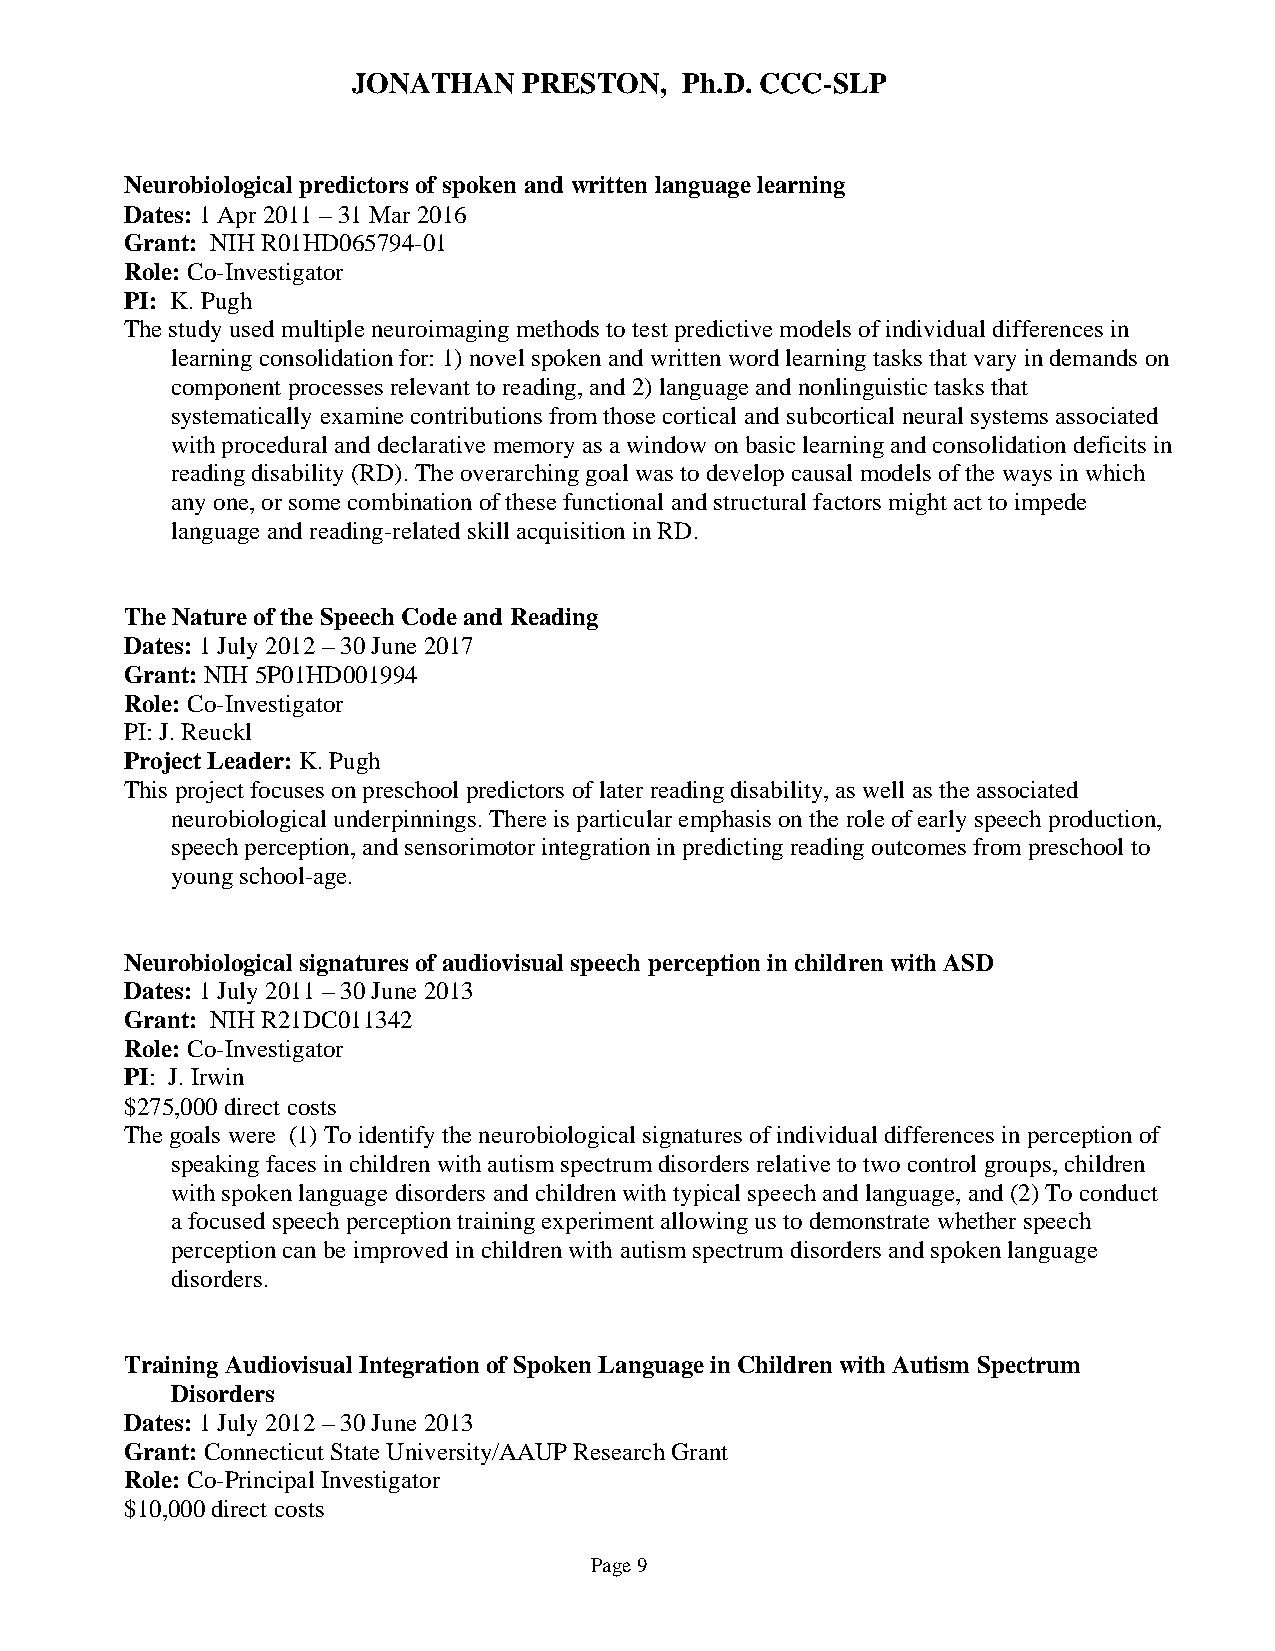
JONATHAN    PRESTON,  Ph.D. CCC-SLP
 Neurobiological predictors of spoken and written language learning
 Dates: 1 Apr 2011 – 31 Mar 2016
 Grant: NIH R01HD065794-01
 Role: Co-Investigator
 PI: K. Pugh
 The study used multiple neuroimaging methods to test predictive models of individual differences in
 learning consolidation for: 1) novel spoken and written word learning tasks that vary in demands on
 component processes relevant to reading, and 2) language and nonlinguistic tasks that
 systematically examine contributions from those cortical and subcortical neural systems associated
 with procedural and declarative memory as a window on basic learning and consolidation deficits in
 reading disability (RD). The overarching goal was to develop causal models of the ways in which
 any one, or some combination of these functional and structural factors might act to impede
 language and reading-related skill acquisition in RD.
 The Nature of the Speech Code and Reading
 Dates: 1 July 2012 – 30 June 2017
 Grant: NIH 5P01HD001994
 Role: Co-Investigator
 PI: J. Reuckl
 Project Leader: K. Pugh
 This project focuses on preschool predictors of later reading disability, as well as the associated
 neurobiological underpinnings. There is particular emphasis on the role of early speech production,
 speech perception, and sensorimotor integration in predicting reading outcomes from preschool to
 young school-age.
 Neurobiological signatures of audiovisual speech perception in children with ASD
 Dates: 1 July 2011 – 30 June 2013
 Grant: NIH R21DC011342
 Role: Co-Investigator
 PI: J. Irwin
 $275,000 direct costs
 The goals were (1) To identify the neurobiological signatures of individual differences in perception of
 speaking faces in children with autism spectrum disorders relative to two control groups, children
 with spoken language disorders and children with typical speech and language, and (2) To conduct
 a focused speech perception training experiment allowing us to demonstrate whether speech
 perception can be improved in children with autism spectrum disorders and spoken language
 disorders.
 Training Audiovisual Integration of Spoken Language in Children with Autism Spectrum
 Disorders
 Dates: 1 July 2012 – 30 June 2013
 Grant: Connecticut State University/AAUP Research Grant
 Role: Co-Principal Investigator
 $10,000 direct costs
 Page 9